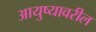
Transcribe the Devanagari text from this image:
आयुष्यावरील